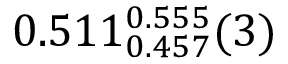
0 . 5 1 1 _ { 0 . 4 5 7 } ^ { 0 . 5 5 5 } ( 3 )